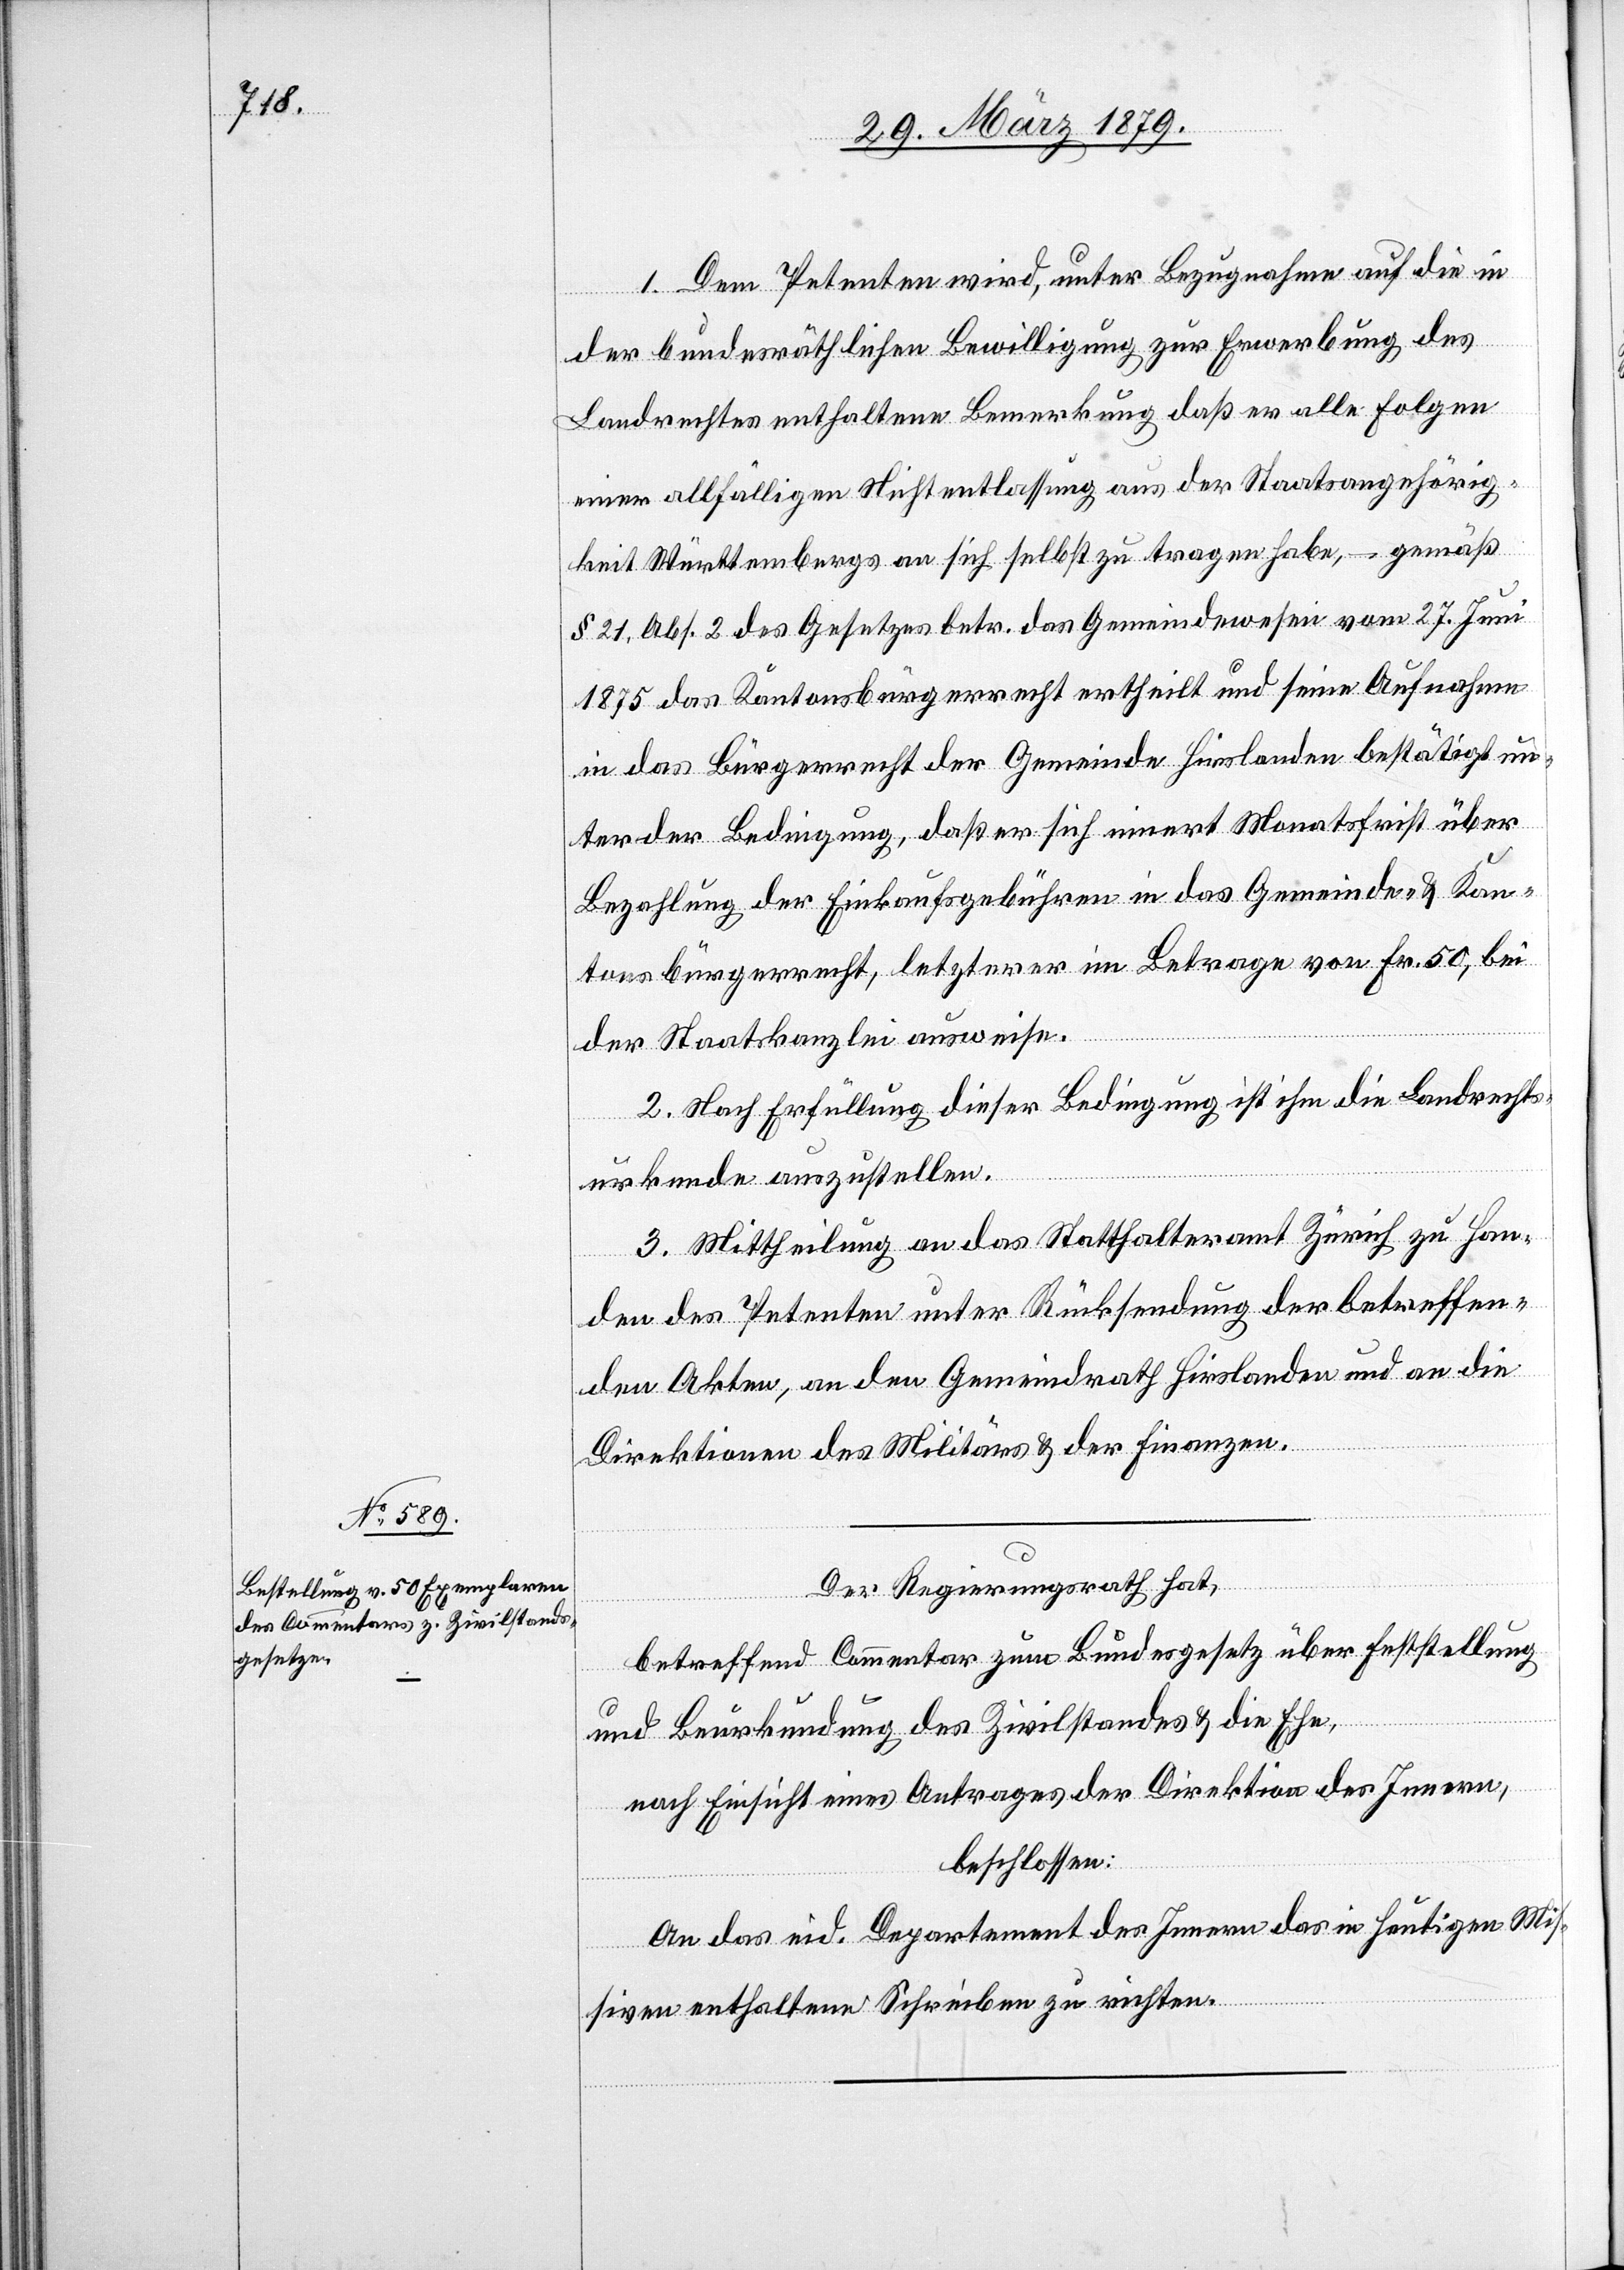
1. Dem Petenten wird, unter Bezugnahme auf die in
der bundesräthlichen Bewilligung zur Erwerbung des
Landrechtes enthaltene Bemerkung daß er alle Folgen
einer allfälligen Nichtentlassung aus der Staatsangehörig¬
keit Württembergs an sich selbst zu tragen habe, – gemäß
§ 21, Abs. 2 des Gesetzes betr. das Gemeindewesen vom 27. Juni
1875 das Kantonsbürgerrecht ertheilt und seine Aufnahme
in das Bürgerrecht der Gemeinde Hirslanden bestätigt un¬
ter der Bedingung, daß er sich innert Monatsfrist über
Bezahlung der Einkaufsgebühren in das Gemeinde- & Kan¬
tonsbürgerrecht, letzterer im Betrage von Fr. 50, bei
der Staatskanzlei ausweise.
2. Nach Erfüllung dieser Bedingung ist ihm die Landrechts¬
urkunde auszustellen.
3. Mittheilung an das Statthalteramt Zürich zu Han¬
den des Petenten unter Rücksendung der betreffen¬
den Akten, an den Gemeindrath Hirslanden und an die
Direktionen des Militärs & der Finanzen.
Der Regierungsrath hat,
betreffend Commentar zum Bundesgesetz über Feststellung
und Beurkundung des Zivilstandes & die Ehe,
nach Einsicht eines Antrages der Direktion des Innern,
beschlossen:
An das eid. Departement des Innern das in heutigen Mis¬
siven enthaltene Schreiben zu richten.